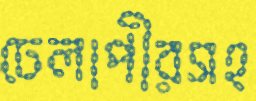
ঢেলাপীরসহ